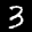
Label: 3